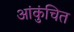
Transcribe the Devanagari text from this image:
आंकुंचित